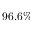
9 6 . 6 \%